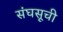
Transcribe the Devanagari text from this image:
संघसूची